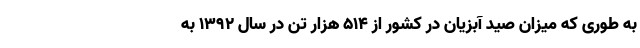
به طوری که میزان صید آبزیان در کشور از 514 هزار تن در سال 1392 به